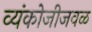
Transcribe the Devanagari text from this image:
व्यंकोजीजवळ